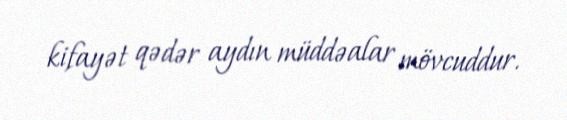
kifayət qədər aydın müddəalar mövcuddur.